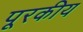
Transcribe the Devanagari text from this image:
पूरकीय